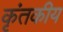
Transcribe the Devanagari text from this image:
कृंतकीय